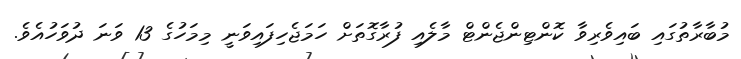
މުބާރާތުގައި ބައިވެރިވާ ކޮންޓިންޖެންޓް މާލެއި ފުރާގޮތަށް ހަމަޖެހިފައިވަނީ މިމަހުގެ 13 ވަނަ ދުވަހުއެވެ.